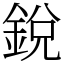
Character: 銳